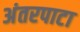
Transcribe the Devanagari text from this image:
अंतरपाटा